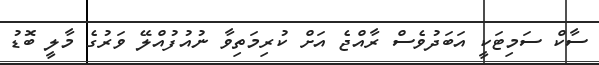
ސާކް ސަމިޓަކީ އަބަދުވެސް ރާއްޖެ އަށް ކުރިމަތިވާ ނުއުފުއްލޭ ވަރުގެ މާލީ ބޮޑު